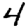
Digit: 4